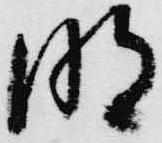
明